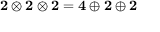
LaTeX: { \mathbf { 2 } } \otimes { \mathbf { 2 } } \otimes { \mathbf { 2 } } = { \mathbf { 4 } } \oplus { \mathbf { 2 } } \oplus { \mathbf { 2 } }